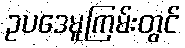
ဥပဒေမူကြမ်းတွင်